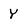
Character: Y